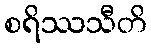
စရိဿသီတိ